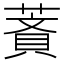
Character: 𦹺